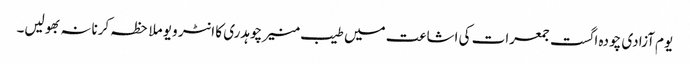
یوم آزادی چودہ اگست جمعرات کی اشاعت میں طیب منیر چوہدری کا انٹر ویو ملاحظہ کرنانہ بھولیں۔